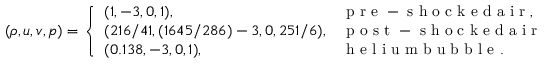
( \rho , u , v , p ) = \left\{ \begin{array} { l l } { ( 1 , - 3 , 0 , 1 ) , } & { \mathrm { ~ p ~ r ~ e ~ - ~ s ~ h ~ o ~ c ~ k ~ e ~ d ~ a ~ i ~ r ~ } , } \\ { ( 2 1 6 / 4 1 , ( 1 6 4 5 / 2 8 6 ) - 3 , 0 , 2 5 1 / 6 ) , } & { \mathrm { ~ p ~ o ~ s ~ t ~ - ~ s ~ h ~ o ~ c ~ k ~ e ~ d ~ a ~ i ~ r ~ } , } \\ { ( 0 . 1 3 8 , - 3 , 0 , 1 ) , } & { \mathrm { ~ h ~ e ~ l ~ i ~ u ~ m ~ b ~ u ~ b ~ b ~ l ~ e ~ } . } \end{array} \right.